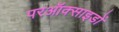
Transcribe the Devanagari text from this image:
परऑक्साइडों